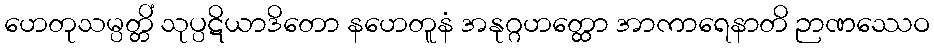
ဟေတုသမ္ပတ္တိံ သုပ္ပဋိယာဒိတော နဟေတူနံ အနုဂ္ဂဟတ္ထော အာကာရေနာတိ ဉာဏဿေဝ